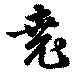
堯